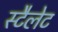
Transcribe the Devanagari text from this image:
स्टैलेट